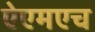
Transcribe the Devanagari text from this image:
ऐएमएच